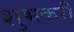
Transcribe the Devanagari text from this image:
शुभकरी